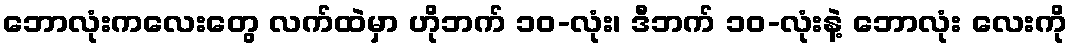
ဘောလုံးကလေးတွေ လက်ထဲမှာ ဟိုဘက် ၁၀-လုံး၊ ဒီဘက် ၁၀-လုံးနဲ့ ဘောလုံး လေးကို